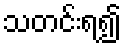
သတင်းရ၍